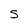
Character: S